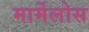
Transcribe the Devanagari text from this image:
मार्मेलोस